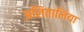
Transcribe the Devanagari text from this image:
अलितालिया